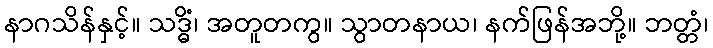
နာဂသိန်နှင့်။ သဒ္ဓိံ၊ အတူတကွ။ သွာတနာယ၊ နက်ဖြန်အဘို့။ ဘတ္တံ၊